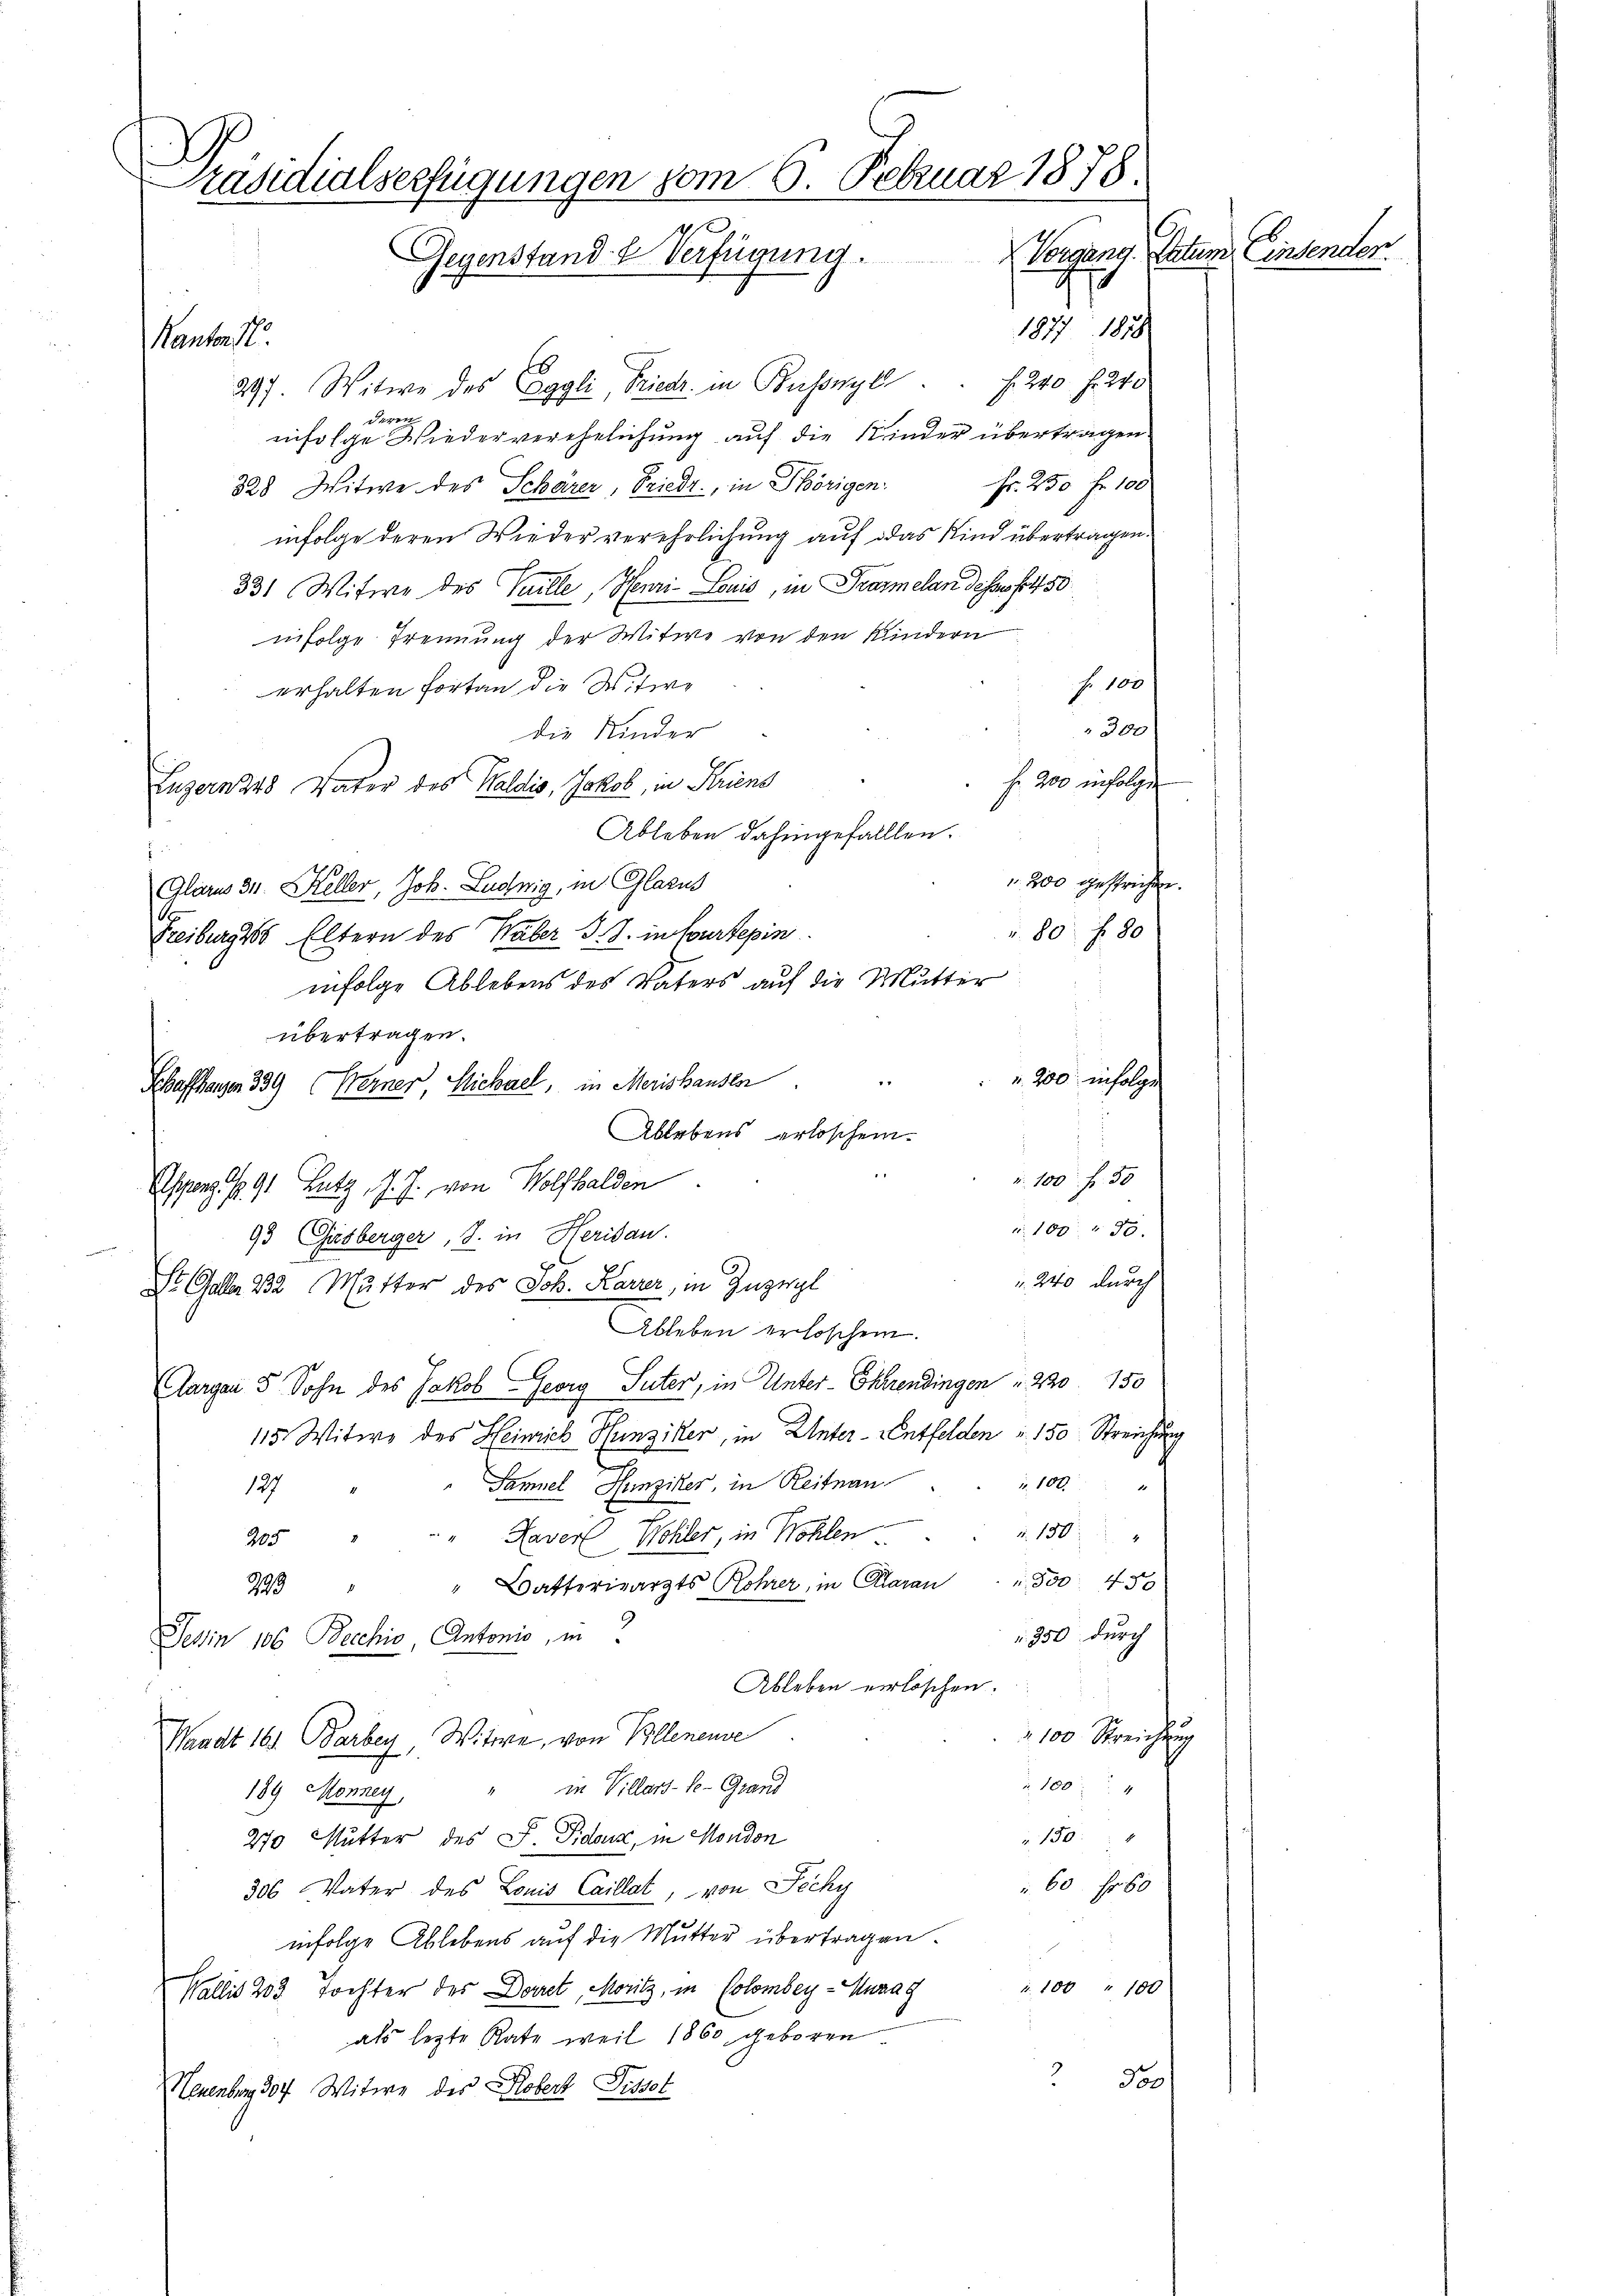
Präsidialserfügungen vom 5. Februar 1878.
Datum Einsender.
Gegenstand & Verfügung. Vorgang

1877. 1878
297. Witwe des Eggli, Friedr. in Basnyl . . . 240 f. 240
Seren
infolge Wiederverehelichung auf die Kinder übertragen
Fr. 250 Fr. 100
328 Witwe des Schärer, Friedr., in Thörigen
infolge deren Wieder verehrlichung auf das Kind übertragen.
331 Witwe des Teille, Henri-Louis, in Trarmelan desses et 50
infolge Trennung der Witwe von den Kindern
Nr. 100
erhalten fortan die Witwe
300f
die Kinder
f. 200 infolgen
Luzernz48 Vater des Haldis, Jakob, in Kriens
Ableben dahingefallten.
.
200 gesprichen.
Glarus 31. Keller, Joh. Ludwig, in Glarus
r. 80 f 80
Freiburg ss Eltern des Waber J. J. in Courtepin
infolge Ablebens des Vaters auf die Mutter
übertragen.
 200 infolge
Schaffhausen 339 (Werner Michael, in Merishausen
Ablebens erloschein.
 100 f 30
Esperg 191 Lutz, J. J. von Wolfbalden
1000.
93 Gasberger, S. in Heridau.
 240 durch
St. Galler 232 Mutter des Joh. Karrer, in Zuzugl
Ableben erloschen.
Aargau 5 Sohn des Jakob Georg Suter, in Unter-Ehrendingen u. 220. 150
115. Witwe des Heinrich Hunziker, in Unter-Entfelden u. 150 Streichung
f
i 100
Samuel Hunziker, in Reitnau
127
205 " " " Haver Wohler, in Wohlen . " " 150 "
Batteriearzts Rohrer, in Claran u. 300. 450
.
999
350 durch
Jehin 106 Bechio, Antonio, in
Ableben verlöschen.
100 Streichung
Waadt 161 Barbey, Wittwe, von Bollenense
1004
189 Monney " in Villart-Se-Grand
 150.
270 Mutter des J. Sidouz, in Mondon
60 fr 60
306 Vater des Louis Caillat, von Zichy
infolge Ablebens auf die Mutter übertragen.
1 100 " 100
Wallis 203 Tochter des Dorret, Moritz, in Colomberg - Unzag
als lezte Rate weil 1860 geboren.
3
3oo
Neuenburg 307 Witwe der Kobert Fessel

Kantonst.